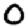
Digit: 0